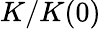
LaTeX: {K}/{K(0)}